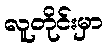
လူတိုင်းမှာ